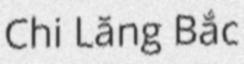
Chi Lăng Bắc